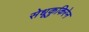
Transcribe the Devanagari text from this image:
सेधूकुकिरेन